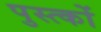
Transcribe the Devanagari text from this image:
पुस्त्कों